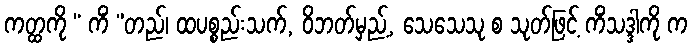
ကတ္ထကို “ ကိံ ”တည်၊ ထပစ္စည်းသက်, ဝိဘတ်မှည့်, သေသေသု စ သုတ်ဖြင့် ကိံသဒ္ဒါကို က